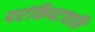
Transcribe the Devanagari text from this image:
परंकिपटयालि